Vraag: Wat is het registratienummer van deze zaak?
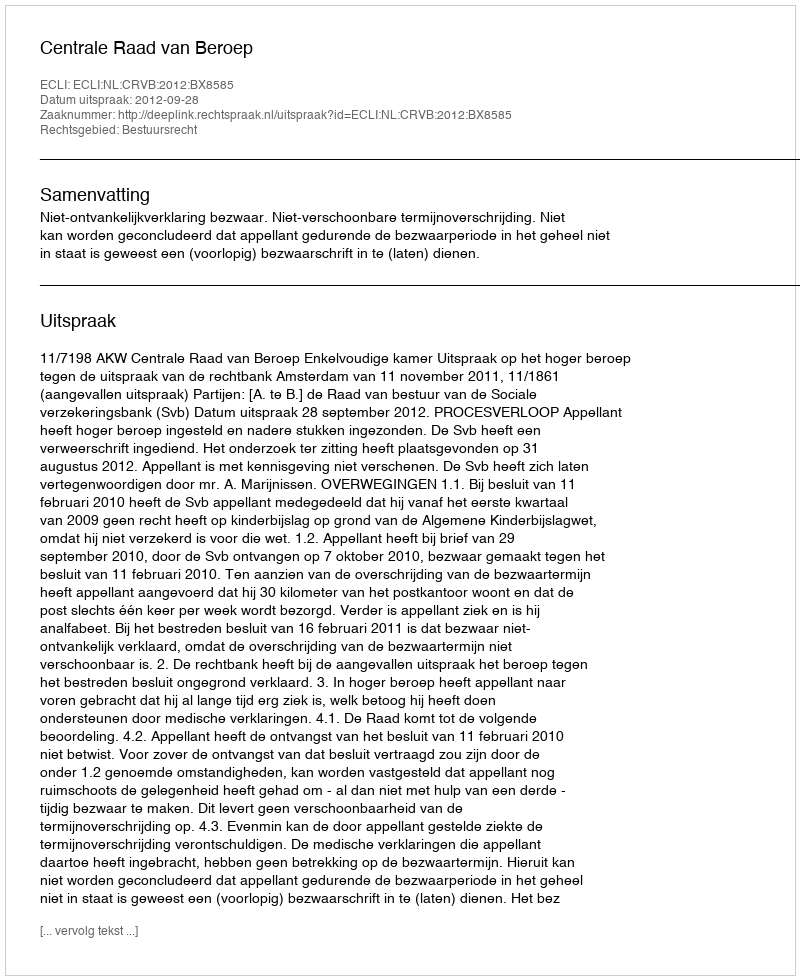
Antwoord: http://deeplink.rechtspraak.nl/uitspraak?id=ECLI:NL:CRVB:2012:BX8585